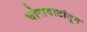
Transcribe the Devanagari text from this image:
चोरावाटांतून